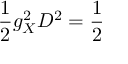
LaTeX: \frac { 1 } { 2 } g _ { X } ^ { 2 } D ^ { 2 } = \frac { 1 } { 2 }